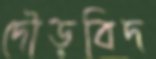
দৌড়বিদ